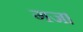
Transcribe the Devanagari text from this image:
गज।